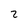
Character: 2